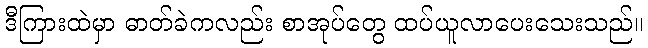
ဒီကြားထဲမှာ ဓာတ်ခဲကလည်း စာအုပ်တွေ ထပ်ယူလာပေးသေးသည်။